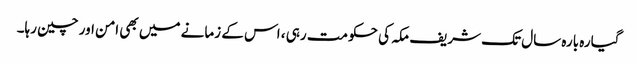
گیارہ بارہ سال تک شریف مکہ کی حکومت رہی ، اس کے زمانے میں بھی امن اور چین رہا۔